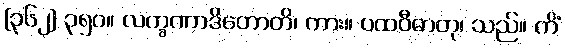
[၃၆၂] ၃၅၀။ လက္ခဏာဒိတောတိ၊ ကား။ ပထဝီဓာတု၊ သည်။ ကိံ